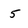
Character: 5